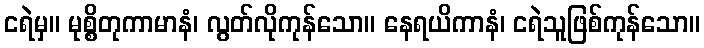
ငရဲမှ။ မုစ္စိတုကာမာနံ၊ လွတ်လိုကုန်သော။ နေရယိကာနံ၊ ငရဲသူဖြစ်ကုန်သော။